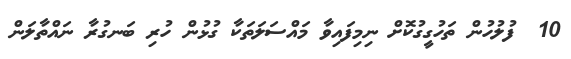
10  ފުލުހުން ތަހުގީގުކޮށް ނިމިފައިވާ މައްސަލަތަކާ ގުޅުން ހުރި ބަނގުރާ ނަައްތާލަން